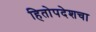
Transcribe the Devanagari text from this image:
हितोपदेशचा